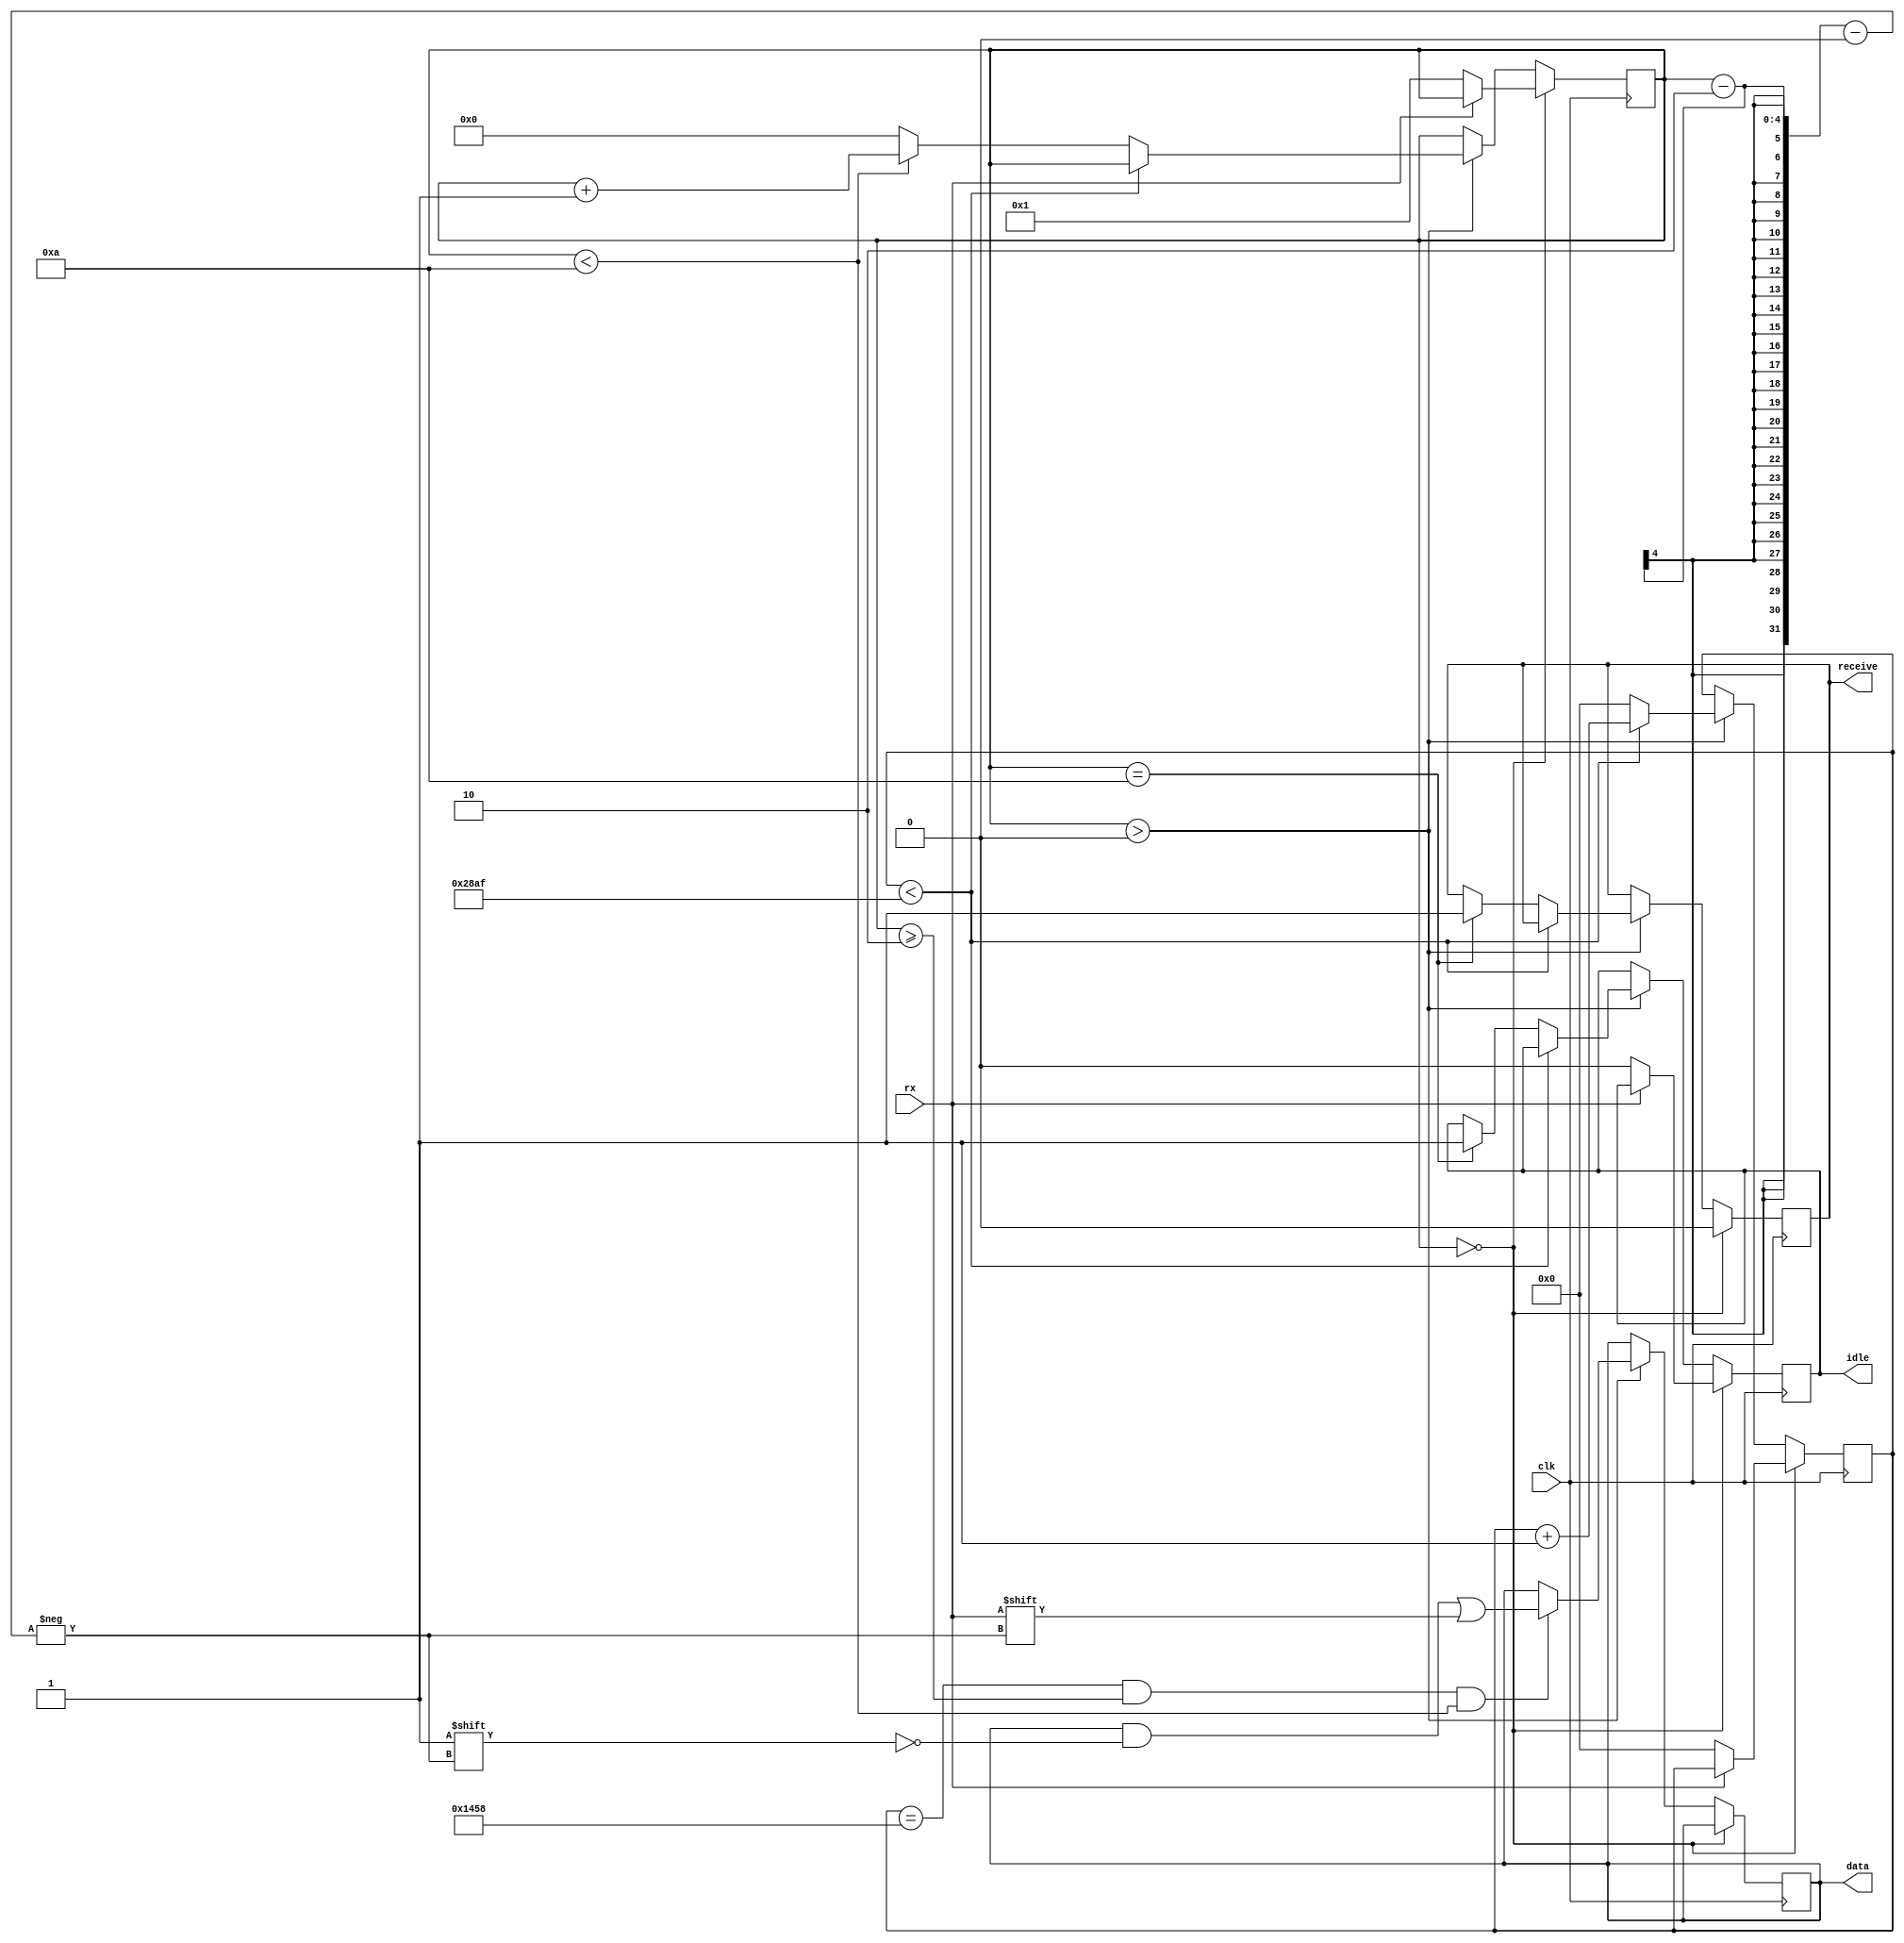
`timescale 1ns / 1ps
//////////////////////////////////////////////////////////////////////////////////
// Company: 
// Engineer: 
// 
// Design Name: 
// Module Name: uart_receiver
// Project Name: 
// Target Devices: 
// Tool Versions: 
// Description: 
// 
// Dependencies: 
// 
// Revision:
// Revision 0.01 - File Created
// Additional Comments:
// 
//////////////////////////////////////////////////////////////////////////////////


module uart_receiver
#(
    parameter CLK_RATE = 100000000,
    parameter BAUD_RATE = 9600
)
(
    output reg [7:0] data,
    output reg idle,
    output reg receive,
    input rx,
    input clk
);
    
    reg [3:0] state;
    reg [31:0] count;
    
    initial
    begin
        data = 0;
        idle = 1;
        state = 0;
        count = 0;
    end
    
    always @(posedge clk)
    begin
    
        if (state == 0)
        begin
        
            receive = 0;
            
            if (rx == 0)
            begin
                idle = 0;
                count = 0;
                state = 1;
            end
            
        end
        else if (state > 0)
        begin
            
            if (count == (CLK_RATE / BAUD_RATE) / 2 && state >= 2 && state < 10) data[state-2] = rx;
            
            if (count < CLK_RATE / BAUD_RATE - 1) count = count + 1;
            else
            begin
                
                if (state == 10)
                begin
                    idle = 1;
                    receive = 1;
                end
                
                count = 0;
                
                if (state < 10) state = state + 1;
                else state = 0;
                
            end
            
        end
        
    end
    
endmodule